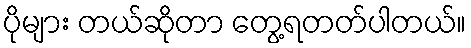
ပိုများ တယ်ဆိုတာ တွေ့ရတတ်ပါတယ်။